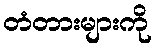
တံတားများကို